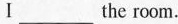
Ⅰ___the room.